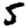
Digit: 5